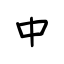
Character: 中